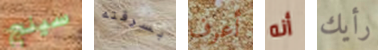
سينج بسرقته أعرف أنه رأيك